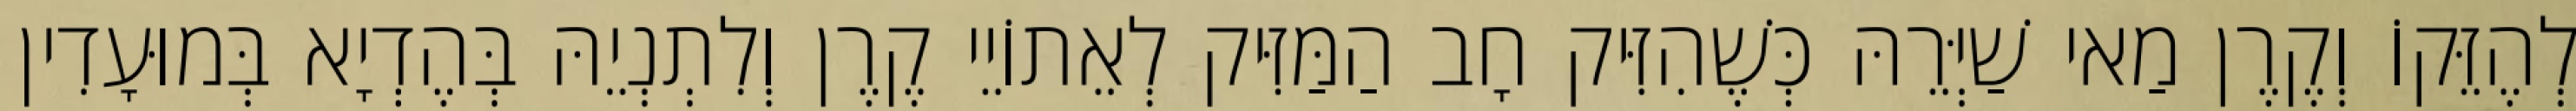
לְהֶזֵּקוֹ וְקֶרֶן מַאי שַׁיְּרֵהּ כְּשֶׁהִזִּיק חָב הַמַּזִּיק לְאֵתוֹיֵי קֶרֶן וְלִתְנְיֵהּ בְּהֶדְיָא בְּמוּעָדִין